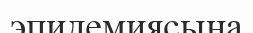
эпидемиясына